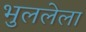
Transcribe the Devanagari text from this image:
भुललेला